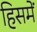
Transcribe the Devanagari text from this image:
हिसमें